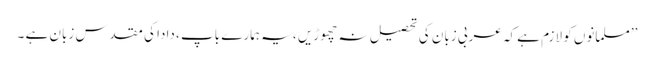
’’مسلمانوں کو لازم ہے کہ عربی زبان کی تحصیل نہ چھوڑیں ، یہ ہمارے باپ ، دادا کی مقدس زبان ہے ۔